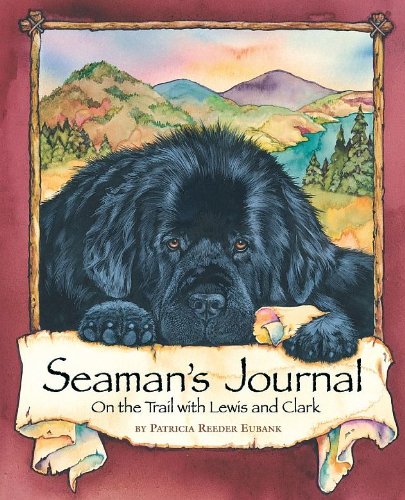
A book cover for Seaman's Journal; Patricia Reeder Eubank; Children's Books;